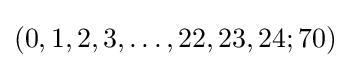
(0,1,2,3,\dots ,22,23,24;70)